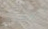
العفنة